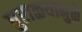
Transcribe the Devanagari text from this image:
धुराळयामुळे